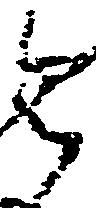
令